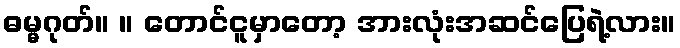
ဓမ္မဂုတ်။ ။ တောင်ငူမှာတော့ အားလုံးအဆင်ပြေရဲ့လား။